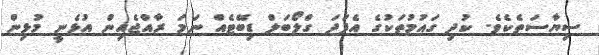
ސިޔާސަތެކެވެ. ކުދި ގައުމުތަކުގެ އެފަދަ ގްލޯބަލް ޑިބޭޓެއް ނަމަ ރާއްޖެއިން އުޅެނީ މުޅިން